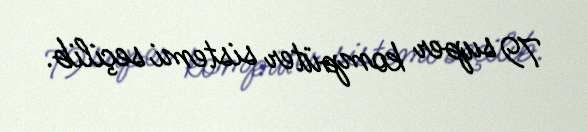
79 super kompüter sistemi seçilib.